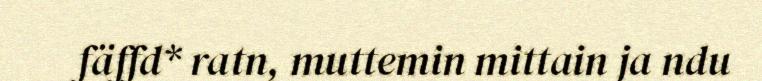
fäffd* ratn, muttemin mittain ja ndu